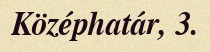
Középhatár, 3.